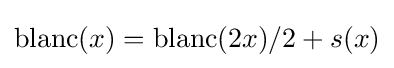
\operatorname {blanc} (x)=\operatorname {blanc} (2x)/2+s(x)